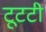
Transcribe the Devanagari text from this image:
टूटटी